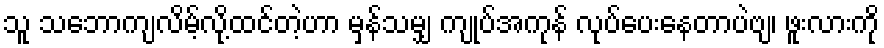
သူ သဘောကျလိမ့်လို့ထင်တဲ့ဟာ မှန်သမျှ ကျုပ်အကုန် လုပ်ပေးနေတာပဲဗျ၊ ဖူးလားကို